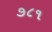
૭૮૧